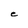
Character: e